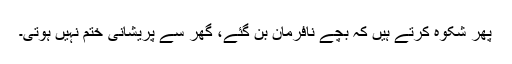
پھر شکوہ کرتے ہیں کہ بچے نافرمان بن گئے، گھر سے پریشانی ختم نہیں ہوتی۔